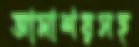
আমাশয়সহ